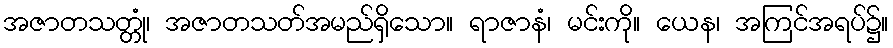
အဇာတသတ္တုံ၊ အဇာတသတ်အမည်ရှိသော။ ရာဇာနံ၊ မင်းကို။ ယေန၊ အကြင်အရပ်၌။